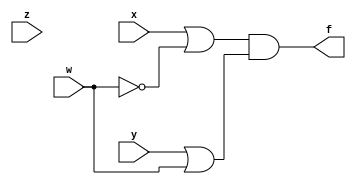
module Product_of_Sum(
    input x,
    input y,
    input z,
    input w,
    output f
    );
	 wire w1 = x|(~w);
	 wire w2 = y|w;
	 assign f = w1&w2;
endmodule